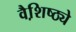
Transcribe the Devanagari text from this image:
वैशि़ष्ठ्ये